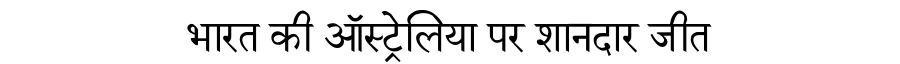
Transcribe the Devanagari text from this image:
भारत की ऑस्ट्रेलिया पर शानदार जीत